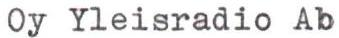
Oy Yleisradio Ab